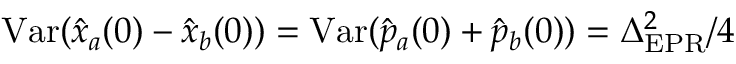
\mathrm { V a r } ( \hat { x } _ { a } ( 0 ) - \hat { x } _ { b } ( 0 ) ) = \mathrm { V a r } ( \hat { p } _ { a } ( 0 ) + \hat { p } _ { b } ( 0 ) ) = \Delta _ { \mathrm { E P R } } ^ { 2 } / 4